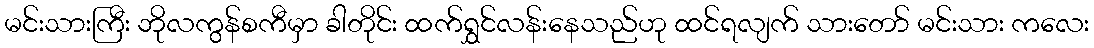
မင်းသားကြီး ဘိုလကွန်စကီမှာ ခါတိုင်း ထက်ရွှင်လန်းနေသည်ဟု ထင်ရလျက် သားတော် မင်းသား ကလေး